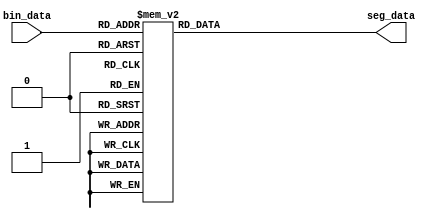
module decode(
		input [3:0] bin_data,
		output reg [7:0] seg_data
);

always @(*)
begin
	case (bin_data)
	4'd0: seg_data <= 8'b1100_0000;
	4'd1: seg_data <= 8'b1111_1001;
	4'd2: seg_data <= 8'b1010_0100;
	4'd3: seg_data <= 8'b1011_0000;
	4'd4: seg_data <= 8'b1001_1001;
	4'd5: seg_data <= 8'b1001_0010;
	4'd6: seg_data <= 8'b1000_0010;
	4'd7: seg_data <= 8'b1111_1000;
	4'd8: seg_data <= 8'b1000_0000;
	4'd9: seg_data <= 8'b1001_0000;
	default: seg_data <= 8'b1100_0000;
	endcase
end

endmodule